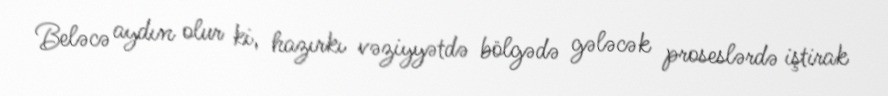
Beləcə aydın olur ki, hazırkı vəziyyətdə bölgədə gələcək proseslərdə iştirak